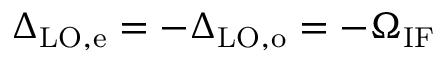
\Delta _ { \mathrm { L O , e } } = - \Delta _ { \mathrm { L O , o } } = - \Omega _ { \mathrm { I F } }